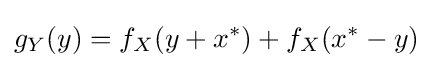
g_{Y}(y)=f_{X}(y+x^{*})+f_{X}(x^{*}-y)